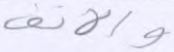
والأنف